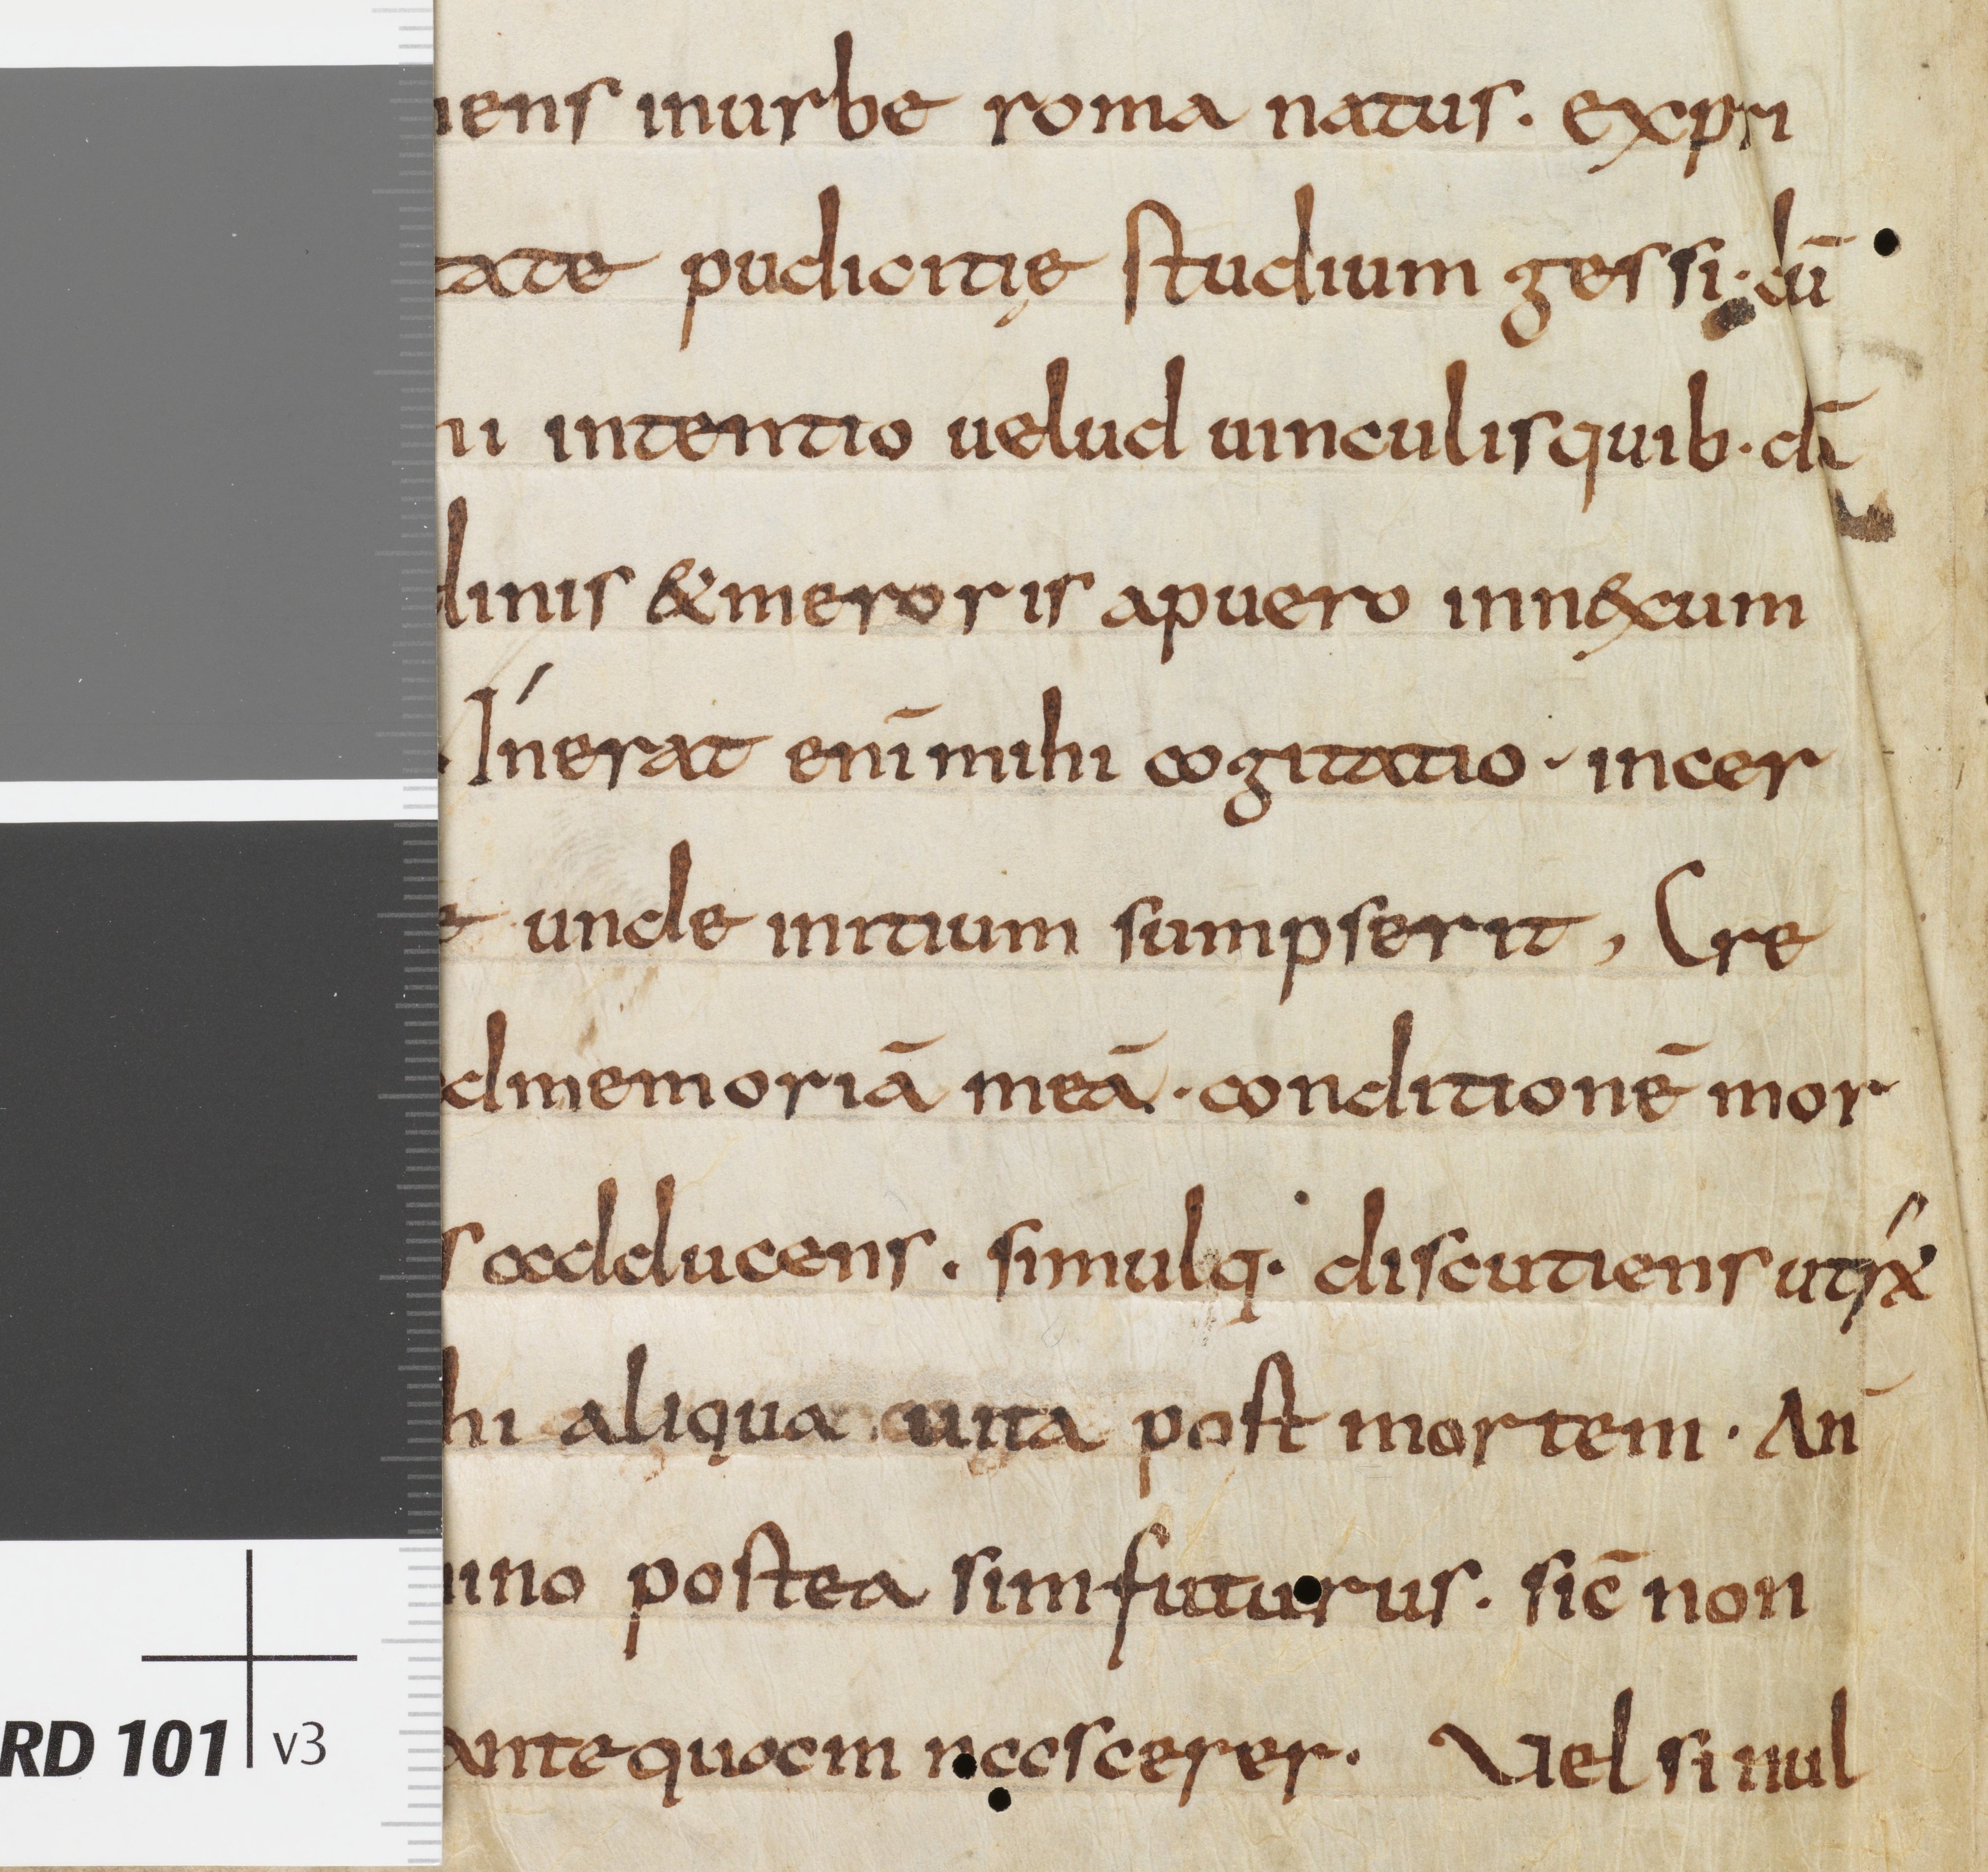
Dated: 835–865